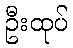
ဦးထုပ်